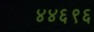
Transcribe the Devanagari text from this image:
४४६९६